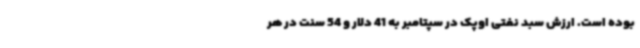
بوده است. ارزش سبد نفتی اوپک در سپتامبر به 41 دلار و 54 سنت در هر